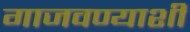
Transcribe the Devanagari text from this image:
गाजवण्याशी